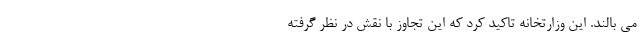
می بالند. این وزارتخانه تاکید کرد که این تجاوز با نقش در نظر گرفته